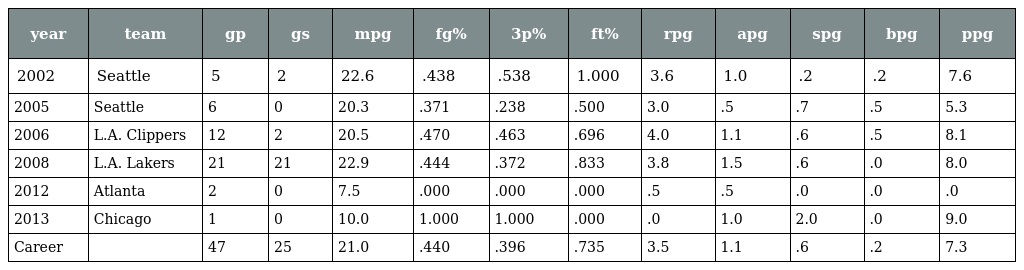
| year | team | gp | gs | mpg | fg% | 3p% | ft% | rpg | apg | spg | bpg | ppg |
 | --- | --- | --- | --- | --- | --- | --- | --- | --- | --- | --- | --- | --- |
 | 2002 | Seattle | 5 | 2 | 22.6 | .438 | .538 | 1.000 | 3.6 | 1.0 | .2 | .2 | 7.6 |
 | 2005 | Seattle | 6 | 0 | 20.3 | .371 | .238 | .500 | 3.0 | .5 | .7 | .5 | 5.3 |
 | 2006 | L.A. Clippers | 12 | 2 | 20.5 | .470 | .463 | .696 | 4.0 | 1.1 | .6 | .5 | 8.1 |
 | 2008 | L.A. Lakers | 21 | 21 | 22.9 | .444 | .372 | .833 | 3.8 | 1.5 | .6 | .0 | 8.0 |
 | 2012 | Atlanta | 2 | 0 | 7.5 | .000 | .000 | .000 | .5 | .5 | .0 | .0 | .0 |
 | 2013 | Chicago | 1 | 0 | 10.0 | 1.000 | 1.000 | .000 | .0 | 1.0 | 2.0 | .0 | 9.0 |
 | Career |  | 47 | 25 | 21.0 | .440 | .396 | .735 | 3.5 | 1.1 | .6 | .2 | 7.3 |